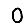
Digit: 0